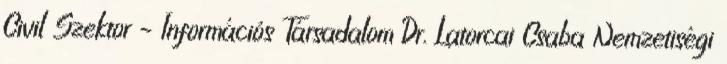
Civil Szektor – Információs Társadalom Dr. Latorcai Csaba Nemzetiségi